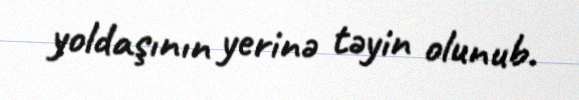
yoldaşının yerinə təyin olunub.